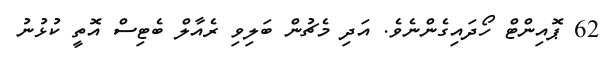
62 ޕޮއިންޓް ހޯދައިގެންނެވެ. އަދި މެޗުން ބަލިވި ރެއާލް ބެޓިސް އޮތީ ކުޅުނު